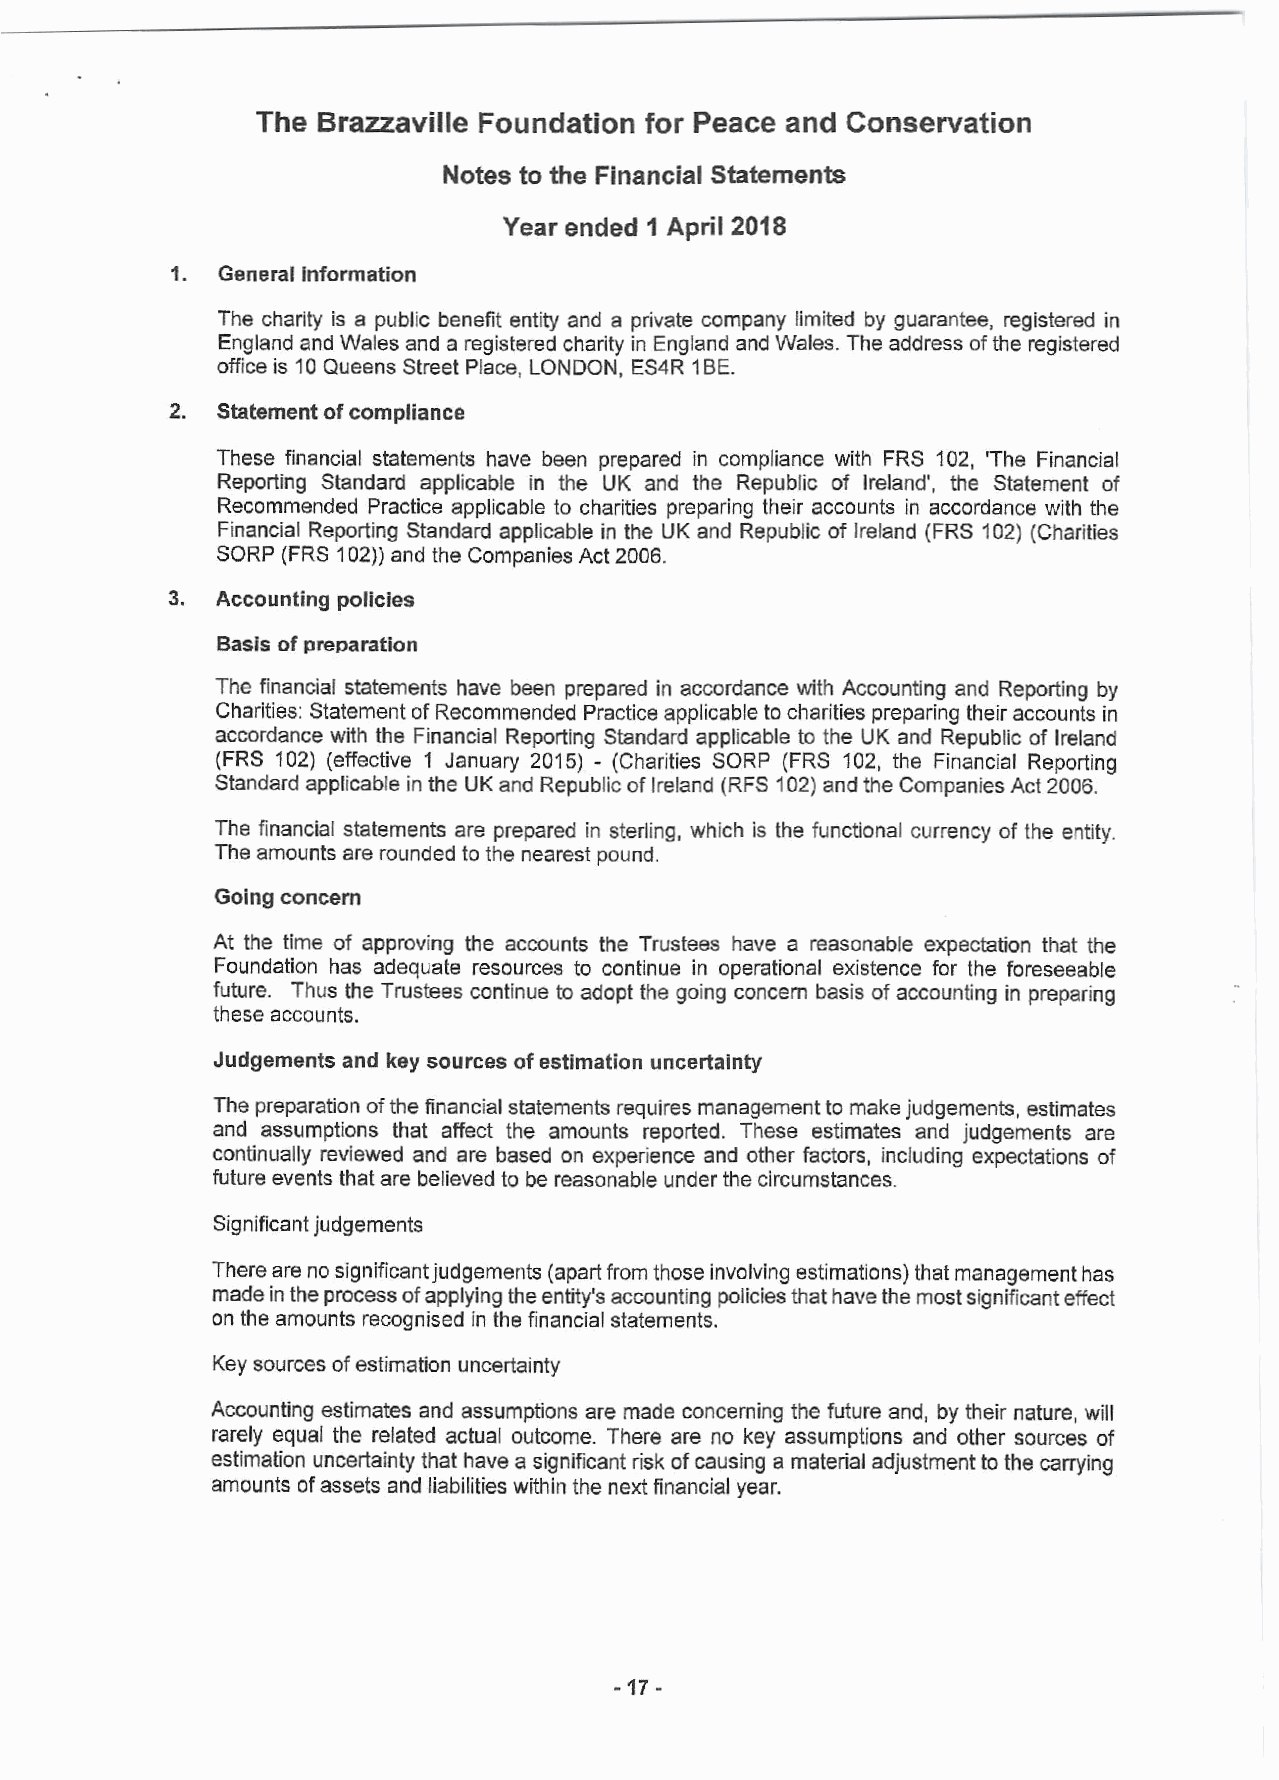
The Brazzaville Foundation for Peace and Conservation
 Notes to the Financial Statements
 Year ended 1 April 2018
 1.  Generalinformation
 The charity is a public benefit entity and a private company limited by guarantee, registered in
 EnglandandWalesandaregisteredcharity inEnglandandWales. Theaddress of theregistered
 officeis10QueensStreetPlace,LONDON,ES4R 1BE.
 2.  Statementofcompliance
 These financial statements have been prepared in compliance with FRS 102, The Financial
 Reporting Standard applicable in the UK and the Republic of Ireland', the Statement of
 Recommended Practice applicable to charities preparing their accounts in accordance with the
 Financial Reporting Standard applicable in the UK and Republic of Ireland (FRS 102) (Charities
 SORP(FRS102)) andtheCompaniesAct2006.
 3.  Accountingpolicies
 Basisofpreparation
 The financial statements have been prepared in accordance with Accounting and Reporting by
 Charities: StatementofRecommendedPracticeapplicabletocharitiespreparingtheiraccountsin
 accordance with the Financial Reporting Standard applicable to the UK and Republic of Ireland
 (FRS 102) (effective 1 January 2015) - (Charities SORP (FRS 102, the Financial Reporting
 Standardapplicableinthe UKandRepublicofIreland(RFS102) andtheCompaniesAct2006.
 The financial statements are prepared in sterling, which is the functional currency of the entity.
 Theamountsareroundedtothenearestpound.
 Goingconcern
 At the time of approving the accounts the Trustees have a reasonable expectation that the
 Foundation has adequate resources to continue in operational existence for the foreseeable
 future. Thus theTrustees continue to adopt the going concern basis of accounting in preparing
 theseaccounts.
 Judgementsand key sourcesofestimationuncertainty
 Thepreparationofthefinancialstatementsrequiresmanagementtomakejudgements,estimates
 and assumptions that affect the amounts reported. These estimates and judgements are
 continually reviewed and are based on experience and other factors, including expectations of
 futureeventsthatarebelievedtobereasonableunderthecircumstances.
 Significantjudgements
 Therearenosignificantjudgements(apartfromthoseinvolvingestimations)thatmanagementhas
 madeintheprocessofapplyingtheentity'saccountingpoliciesthathavethemostsignificanteffect
 ontheamountsrecognisedinthefinancialstatements.
 Key sourcesofestimationuncertainty
 Accounting estimates and assumptions aremade concerning the future and, by their nature, will
 rarely equal the related actual outcome. There are no key assumptions and other sources of
 estimationuncertainty thathave a significantrisk ofcausing amaterialadjustmenttothecarrying
 amounts ofassets andliabilitieswithinthenextfinancialyear.
 -  -
 17